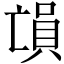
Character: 𠅳